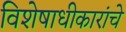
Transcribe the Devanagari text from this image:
विशेषाधीकारांचे